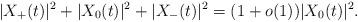
LaTeX: \begin{align*}|X_+(t)|^2+|X_0(t)|^2+|X_-(t)|^2=(1+o(1))|X_0(t)|^2. \end{align*}